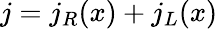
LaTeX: j=j_{R}(x)+j_{L}(x)